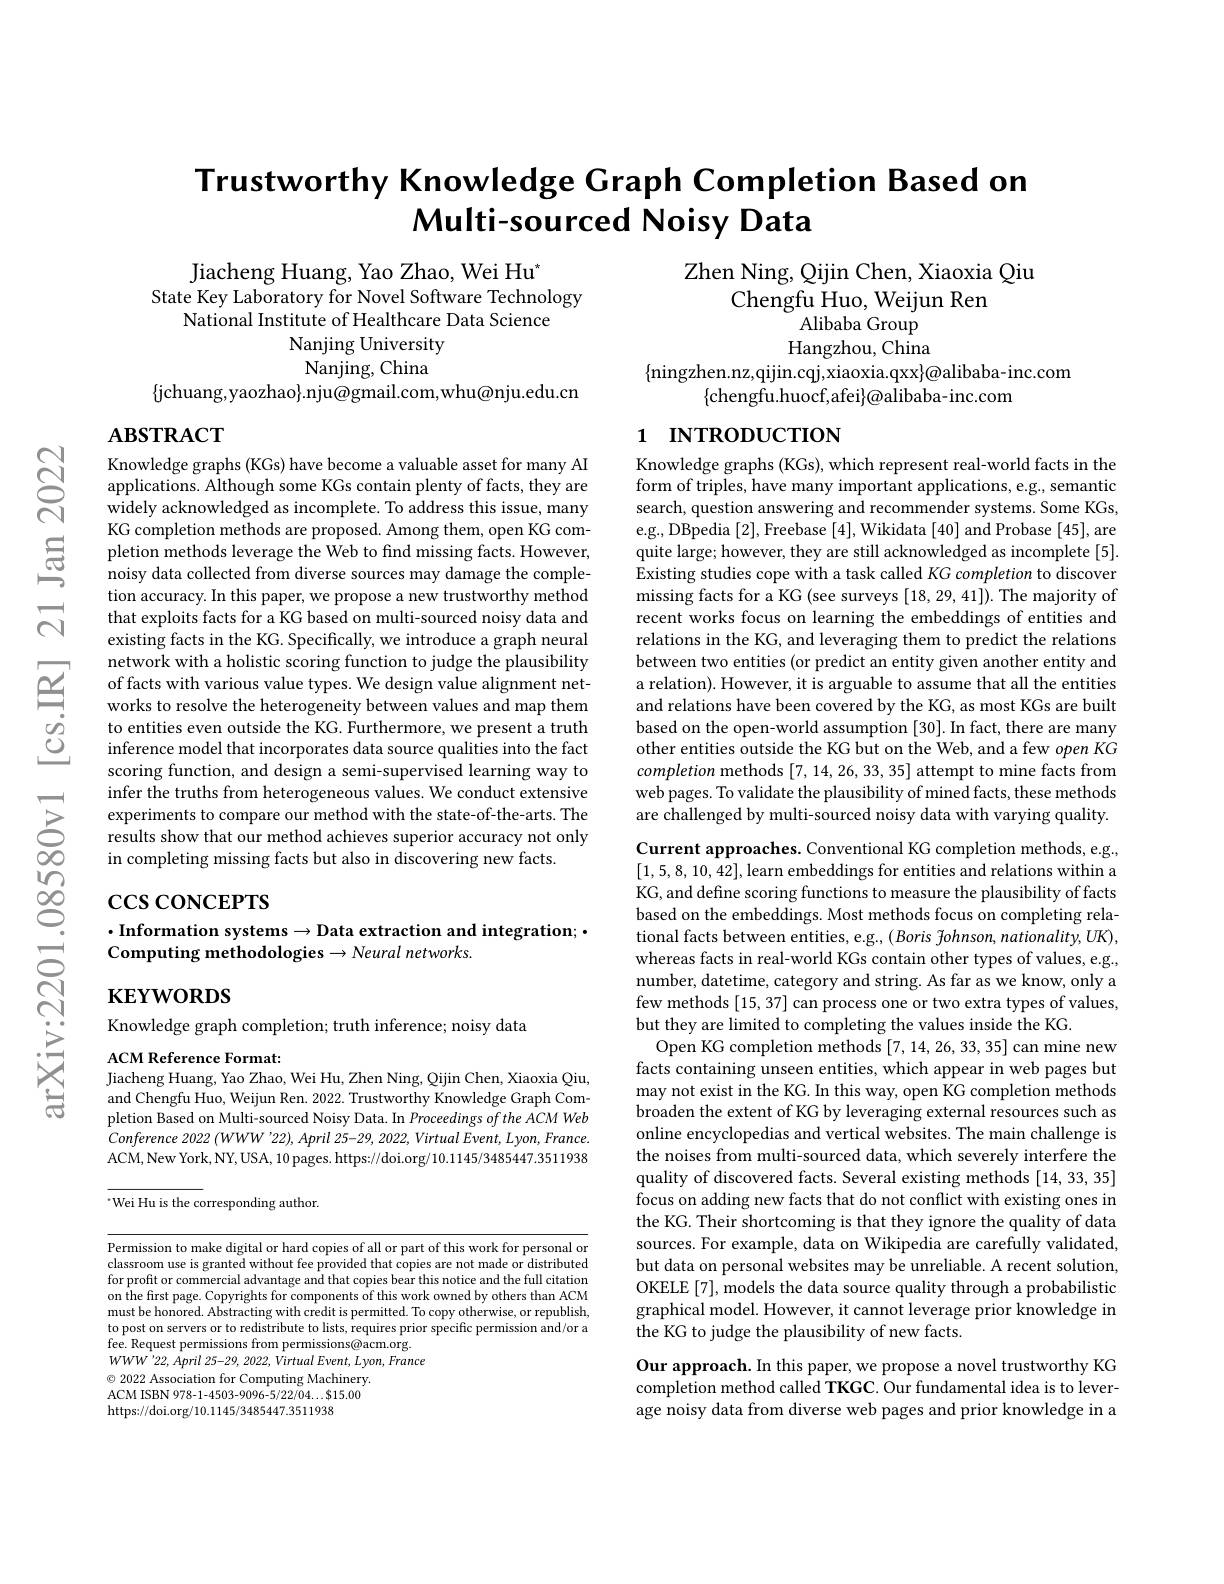
# Trustworthy Knowledge Graph Completion Based on Multi-sourced Noisy Data

Zhen Ning, Qijin Chen, Xiaoxia Qiu

Chengfu Huo, Weijun Ren

${\mathrm{Alibaba~Group}}$

Jiacheng Huang, Yao Zhao, Wei Hu$^*$
State Key Laboratory for Novel Software Technology
National Institute of Healthcare Data Science
Nanjing University Nanjing, China
$\{$jchuang,yaozhao$\}.$nju@gmail.com,whu@nju.edu.cn

Hangzhou, China

$\{$ningzhen.nz,qijin.cqj,xiaoxia.qxx$\}@$alibaba-inc.com
$\{$chengfu.huocf,afei$\}@$alibaba-inc.com

$\mathbf{ABSTRACT}$

# 1 INTRODUCTION

Knowledge graphs (KGs), which represent real-world facts in the form of triples, have many important applications, e.g., semantic search, question answering and recommender systems. Some KGs, e.g., DBpedia [2],Freebase [4],Wikidata [40] and Probase [45],are quite large; however, they are still acknowledged as incomplete[5]. Existing studies cope with a task called KG completion to discover missing facts for a KG (see surveys [18,29,41]). The majority of recent works focus on learning the embeddings of entities and relations in the KG, and leveraging them to predict the relations between two entities (or predict an entity given another entity and a relation). However, it is arguable to assume that all the entities and relations have been covered by the KG, as most KGs are built based on the open-world assumption [30]. In fact, there are many other entities outside the KG but on the Web, and a few open KG completion methods [7,14,26,33,35] attempt to mine facts from web pages. To validate the plausibility of mined facts, these methods are challenged by multi-sourced noisy data with varying quality.

Knowledge graphs (KGs) have become a valuable asset for many AI applications. Although some KGs contain plenty of facts, they are widely acknowledged as incomplete. To address this issue, many KG completion methods are proposed. Among them, open KG completion methods leverage the Web to find missing facts. However, noisy data collected from diverse sources may damage the completion accuracy. In this paper, we propose a new trustworthy method that exploits facts for a KG based on multi-sourced noisy data and existing facts in the KG. Specifically, we introduce a graph neural network with a holistic scoring function to judge the plausibility of facts with various value types. We design value alignment networks to resolve the heterogeneity between values and map them to entities even outside the KG. Furthermore, we present a truth inference model that incorporates data source qualities into the fact scoring function, and design a semi-supervised learning way to infer the truths from heterogeneous values. We conduct extensive experiments to compare our method with the state-of-the-arts. The results show that our method achieves superior accuracy not only in completing missing facts but also in discovering new facts.

$\csc\cos$coNCEPTS

Current approaches. Conventional KG completion methods, e.g., [1,5,8,10,42],learn embeddings for entities and relations within a KG, and define scoring functions to measure the plausibility of facts based on the embeddings. Most methods focus on completing relational facts between entities, e.g., ( Boris fohnson, nationality, UK), whereas facts in real-world KGs contain other types of values, e.g., number, datetime, category and string. As far as we know, only a few methods [15, 37] can process one or two extra types of values, but they are limited to completing the values inside the KG.
Open KG completion methods [7,14,26,33,35] can mine new facts containing unseen entities, which appear in web pages but may not exist in the KG. In this way, open KG completion methods broaden the extent of KG by leveraging external resources such as online encyclopedias and vertical websites. The main challenge is the noises from multi-sourced data, which severely interfere the quality of discovered facts. Several existing methods [14, 33, 35] focus on adding new facts that do not conflict with existing ones in the KG. Their shortcoming is that they ignore the quality of data sources. For example, data on Wikipedia are carefully validated, but data on personal websites may be unreliable. A recent solution, OKELE [7], models the data source quality through a probabilistic graphical model. However, it cannot leverage prior knowledge in the KG to judge the plausibility of new facts.
Our approach. In this paper, we propose a novel trustworthy KG completion method called TKGC. Our fundamental idea is to leverage noisy data from diverse web pages and prior knowledge in a

$\cdot$Information systems$\to$Data extraction and integration; ·
Computing methodologies$\to Neural$ networks.

$\mathbf{KEYWORDS}$

Knowledge graph completion; truth inference; noisy data

ACM Reference Format:
Jiacheng Huang, Yao Zhao, Wei Hu, Zhen Ning, Qijin Chen, Xiaoxia Qiu,

and Chengfu Huo, Weijun Ren. 2022. Trustworthy Knowledge Graph Completion Based on Multi-sourced Noisy Data. In Proceedings oftheACMWeb Conference 2022 (WWW'22), April 25-29, 2022, Virtual Event, Lyon, France. ACM,New York, NY, USA, 10 pages. https://doi.org/10.1145/3485447.3511938 “Wei Hu is the corresponding author.

Permission to make digital or hard copies of all or part of this work for personal or classroom use is granted without fee provided that copies are not made or distributed for profit or commercial advantage and that copies bear this notice and the full citation on the first page. Copyrights for components of this work owned by others than ACM must be honored. Abstracting with credit is permitted. To copy otherwise, or republish, to post on servers or to redistribute to lists, requires prior specific permission and/or a fee. Request permissions from permissions@acm.org. $WWW^{\prime }22, April$ 25-29, 2022, Virtual $Event$, $Lyon$, France $\textcircled{\circ}$ 2022 Association for Computing Machinery. ACM ISBN 978-1-4503-9096-5/22/04...$15.00 https://doi.org/10.1145/3485447.3511938